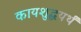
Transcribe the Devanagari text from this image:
कायशुद्धयर्थं